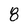
Character: 8